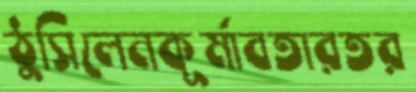
ঠুসিলেনকূর্মাবতারতর